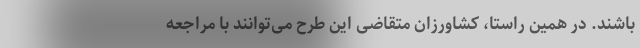
باشند. در همین راستا، کشاورزان متقاضی این طرح می‌توانند با مراجعه